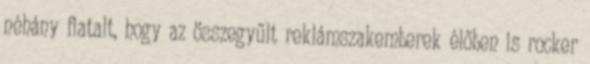
néhány fiatalt, hogy az összegyűlt reklámszakemberek élőben is rocker